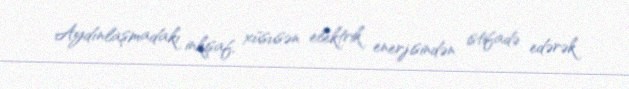
Aydınlaşmadakı inkişaf, xüsusən elektrik enerjisindən istifadə edərək